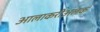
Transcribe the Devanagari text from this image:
आलाकरीअलक